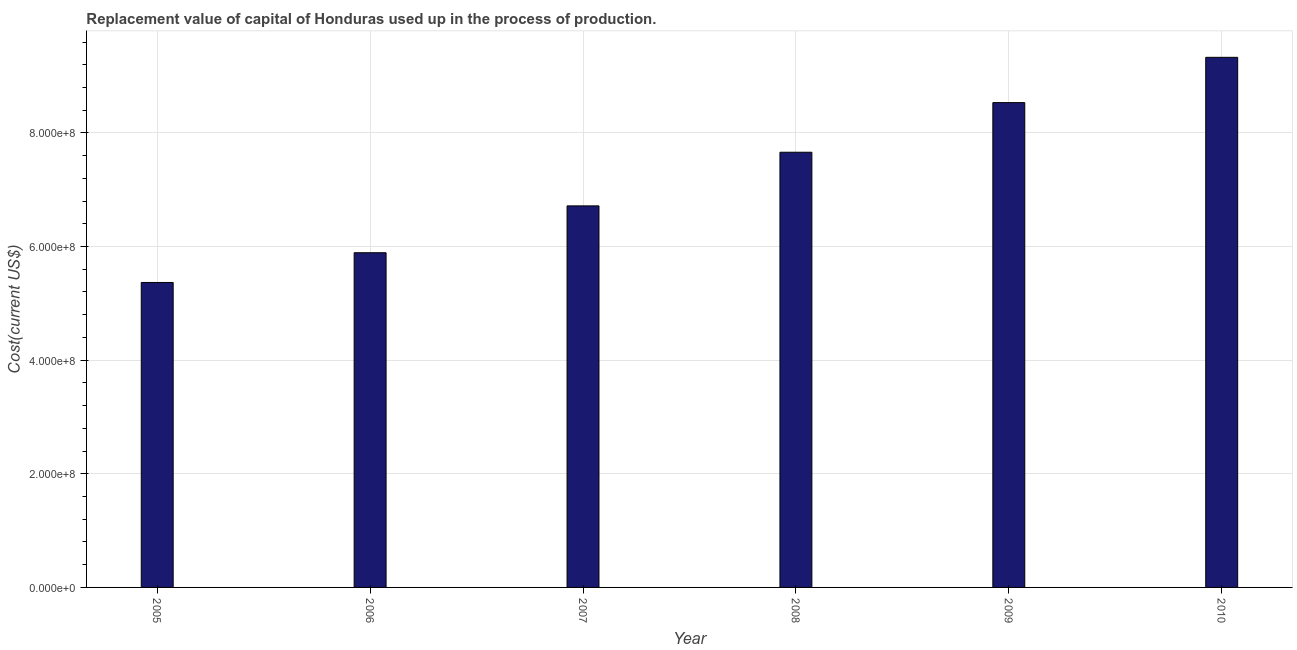
| Year | Consumption of fixed capital |
 | --- | --- |
 | 2005 | 5.37e+08 |
 | 2006 | 5.89e+08 |
 | 2007 | 6.72e+08 |
 | 2008 | 7.66e+08 |
 | 2009 | 8.53e+08 |
 | 2010 | 9.33e+08 |